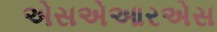
એસએઆરએસ